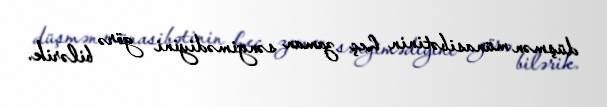
düşmən münasibətinin heç zaman səngimədiyini görə bilərik.